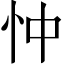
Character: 忡